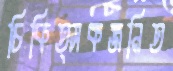
চিকিত্সকজনিত